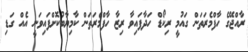
ރާއްޖޭގެ ހާފްމެރަތަން ގައުމީ ރިކޯޑް ހަދާފައިވާ ރިޒާ ހާފްމެރަތަން ކާމިޔާބުކޮށްފައިވަނީ އެއް ގަޑި